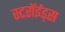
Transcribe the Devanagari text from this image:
स्टरॉईड्स